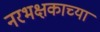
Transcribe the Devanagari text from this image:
नरभक्षकाच्या